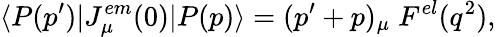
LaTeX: \langle P(p^{\prime})|J_{\mu}^{em}(0)|P(p)\rangle=(p^{\prime}+p)_{\mu}\; F^{el}(q^{2}),